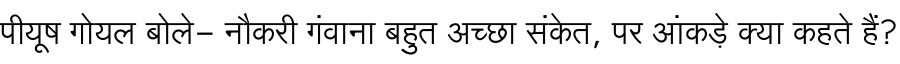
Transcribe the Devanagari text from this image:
पीयूष गोयल बोले- नौकरी गंवाना बहुत अच्छा संकेत, पर आंकड़े क्या कहते हैं?